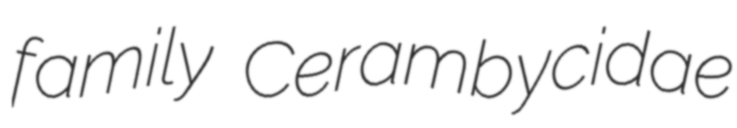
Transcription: family Cerambycidae